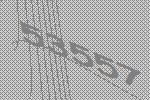
53557